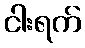
ငါးရက်